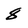
Character: 8